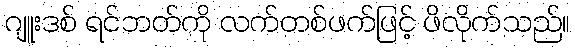
ဂျူးဒစ် ရင်ဘတ်ကို လက်တစ်ဖက်ဖြင့် ဖိလိုက်သည်။